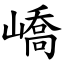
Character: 嶠